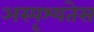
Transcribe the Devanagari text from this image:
अस्पृश्यतेस